Civil Veterinary Dept. Assam report 1927-50 - 1927-1950
Year: 1927
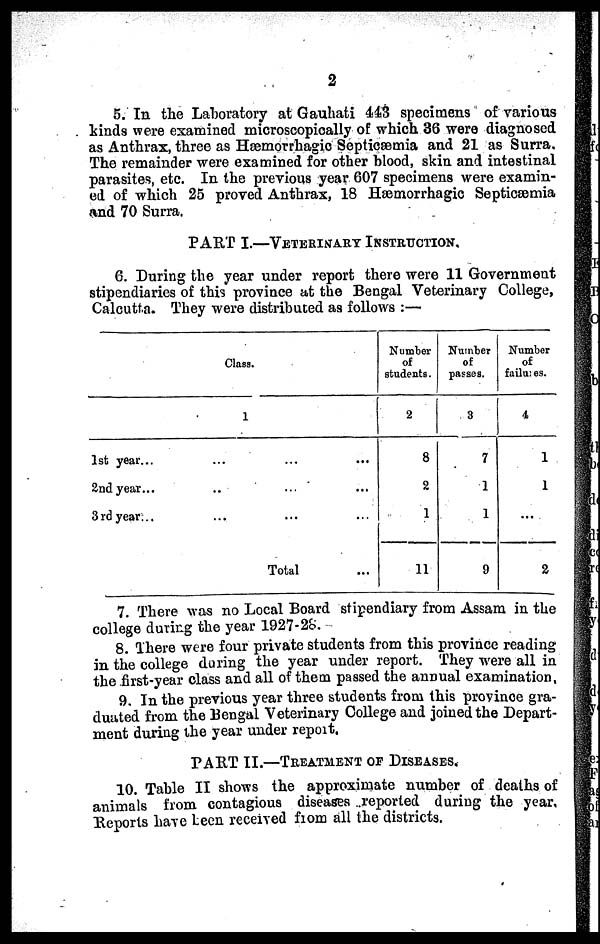
2
5. In the Laboratory at Gauhati 443 specimens of various
kinds were examined microscopically of which 36 were diagnosed
as Anthrax, three as Hæmorrhagic Septicæmia and 21 as Surra.
The remainder were examined for other blood, skin and intestinal
parasites, etc. In the previous year 607 specimens were examin-
ed of which 25 proved Anthrax, 18 Hæmorrhagic Septicaemia
and 70 Surra.
PART I.—VETERINARY INSTRUCTION.
6. During the year under report there were 11 Government
stipendiaries of this province at the Bengal Veterinary College,
Calcutta. They were distributed as follows :—
Class.
1
1st year... ... ... ...
2nd year... .. ... ...
3rd year ... ... ... ...
Total ...
Number
of
students.
2
8
2
1
11
Number
of
passes.
3
7
1
1
9
Number
of
failures.
4
1
1
...
2
7. There was no Local Board stipendiary from Assam in the
college during the year 1927-28.
8. There were four private students from this province reading
in the college during the year under report. They were all in
the first-year class and all of them passed the annual examination,
9. In the previous year three students from this province gra-
duated from the Bengal Veterinary College and joined the Depart-
ment during the year under report.
PART II.—TREATMENT OF DISEASES.
10. Table II shows the approximate number of deaths of
animals from contagious diseases reported during the year,
Reports have Leen received from all the districts.